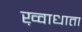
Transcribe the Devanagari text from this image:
ख़्वाधाता